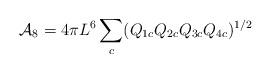
LaTeX: \begin{align*}{\cal A}_8=4\pi L^6\sum_{c}(Q_{1c}Q_{2c}Q_{3c}Q_{4c})^{1/2}\end{align*}